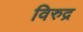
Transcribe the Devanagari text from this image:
विरुद्र